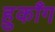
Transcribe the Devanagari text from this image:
हुकाँग